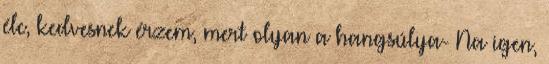
élc, kedvesnek érzem, mert olyan a hangsúlya- Na igen,